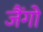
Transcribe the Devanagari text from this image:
जैंगो